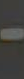
-